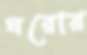
ঘরোর